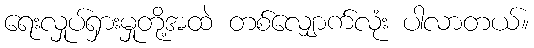
ရေးလှုပ်ရှားမှုတို့အထဲ တစ်လျှောက်လုံး ပါလာတယ်။